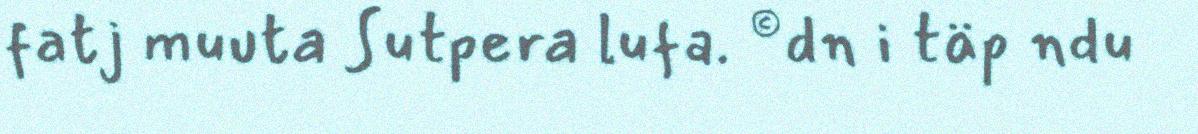
fatj muuta Sutpera lufa. ©dn i täp ndu